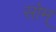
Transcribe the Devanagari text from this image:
सोम्